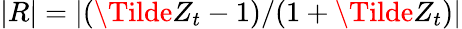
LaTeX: |R|=|(\Tilde{Z}_{t}-1)/(1+\Tilde{Z}_{t})|